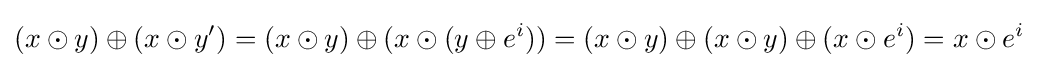
(x\odot y)\oplus (x\odot y')=(x\odot y)\oplus (x\odot (y\oplus e^{i}))=(x\odot y)\oplus (x\odot y)\oplus (x\odot e^{i})=x\odot e^{i}